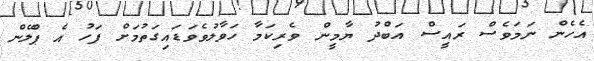
އެހެން ނަމަވެސް ރައީސް އަބްދު ޔާމީން ވެރިކަމާ ހަވާލުވެވަޑައިގަތުމަށް ފަހު އެ ޕްލޭން